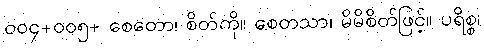
ဝဝ၄+ဝဝ၅+ စေတော၊ စိတ်ကို။ စေတသာ၊ မိမိစိတ်ဖြင့်။ ပရိစ္စ၊